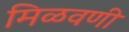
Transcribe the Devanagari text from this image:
मिळवणी